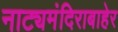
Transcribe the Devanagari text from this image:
नाट्यमंदिराबाहेर